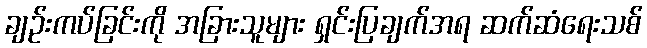
ချဉ်းကပ်ခြင်းကို အခြားသူများ ရှင်းပြချက်အရ ဆက်ဆံရေးသစ်